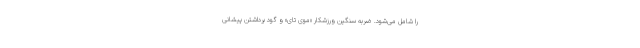
را شامل می‌شود. ضربه سنگین ورزشکار «موی تای» و گود برداشتن پیشانی